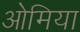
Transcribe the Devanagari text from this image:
ओमिया